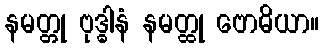
နမတ္တု ဗုဒ္ဓါနံ နမတ္ထု ဗောဓိယာ။